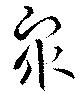
衆